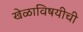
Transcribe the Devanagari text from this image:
खेळाविषयीची